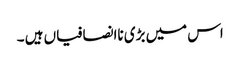
اس میں بڑی ناانصافیاں ہیں ۔